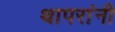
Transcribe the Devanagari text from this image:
थापरांनी